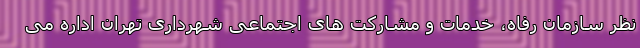
نظر سازمان رفاه، خدمات و مشارکت های اجتماعی شهرداری تهران اداره می